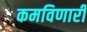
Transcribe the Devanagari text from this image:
कमविणारी